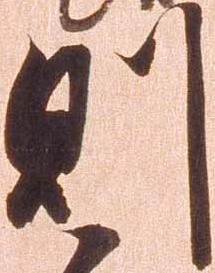
則